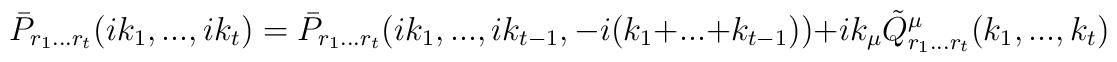
\bar{P}_{r_{1}...r_{t}}(ik_{1},...,ik_{t})=\bar{P}_{r_{1}...r_{t}}(ik_{1},...,ik_{t-1},-i(k_1+...+k_{t-1}))+ik_{\mu }\tilde Q_{r_{1}...r_{t}}^{\mu}(k_{1},...,k_{t})